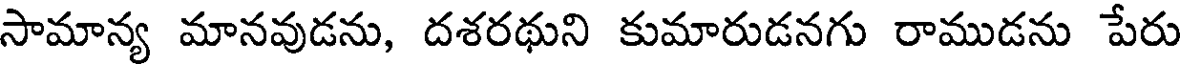
సామాన్య మానవుడను, దశరథుని కుమారుడనగు రాముడను పేరు